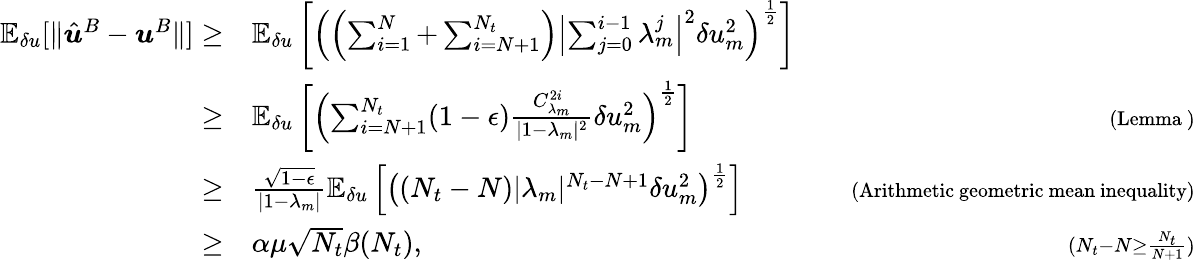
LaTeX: \begin{array}{rlr}{\mathbb{E}_{\delta u}[\| \hat{\boldsymbol{u}}^{B}-\boldsymbol{u}^{B}\| ]\ge}&{\mathbb{E}_{\delta u}\left[\left(\left(\sum_{i=1}^{N}+\sum_{i=N+1}^{N_{t}}\right)\left|\sum_{j=0}^{i-1}\lambda_{m}^{j}\right|^{2}\delta u_{m}^{2}\right)^{\frac{1}{2}}\right]}&\\ {\ge}&{\mathbb{E}_{\delta u}\left[\left(\sum_{i=N+1}^{N_{t}}(1-\epsilon)\frac{C_{\lambda_{m}}^{2i}}{|1-\lambda_{m}|^{2}}\delta u_{m}^{2}\right)^{\frac{1}{2}}\right]}&{\quad{\scriptstyle(\mathrm{Lemma~})}}\\ {\ge}&{\frac{\sqrt{1-\epsilon}}{|1-\lambda_{m}|}\mathbb{E}_{\delta u}\left[\left((N_{t}-N)|\lambda_{m}|^{N_{t}-N+1}\delta u_{m}^{2}\right)^{\frac{1}{2}}\right]}&{\quad{\scriptstyle(\mathrm{Arithmetic~geometric~mean~inequality})}}\\ {\ge}&{\alpha\mu\sqrt{N_{t}}\beta(N_{t}),}&{\quad{\scriptstyle(N_{t}-N\ge\frac{N_{t}}{N+1})}}\end{array}